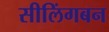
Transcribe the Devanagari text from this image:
सीलिंगबन